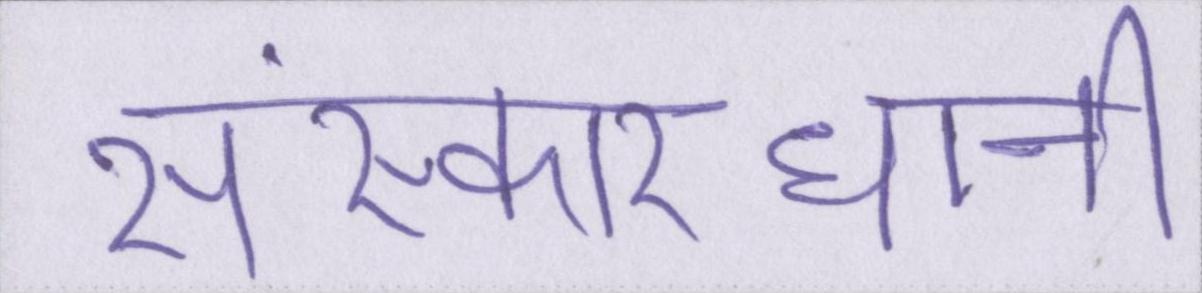
संस्कारधानी